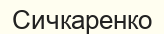
Сичкаренко